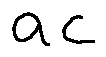
a c